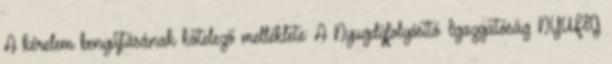
A kérelem benyújtásának kötelező melléklete: A Nyugdíjfolyósító Igazgatóság NYUFIG